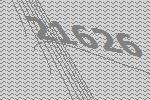
21626